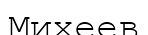
Михеев